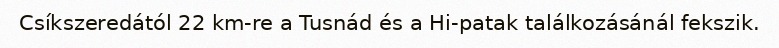
Csíkszeredától 22 km-re a Tusnád és a Hi-patak találkozásánál fekszik.